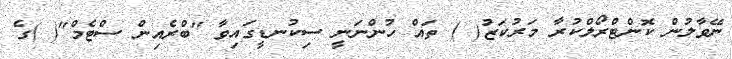
ނޭވާލުން ކޮންޓްރޯލްކުރާ މަރުކަޒު( ) ތައް ހުންނަނީ ސިކުނޑީގައިވާ "ބްރެއިން ސްޓެމް"( )ގެ